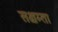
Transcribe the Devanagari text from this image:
सक्षम्ता